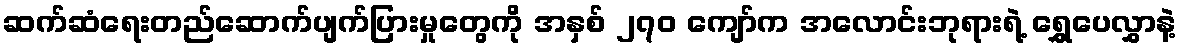
ဆက်ဆံရေးတည်ဆောက်ပျက်ပြားမှုတွေကို အနှစ် ၂၇၀ ကျော်က အလောင်းဘုရားရဲ့ ရွှေပေလွှာနဲ့